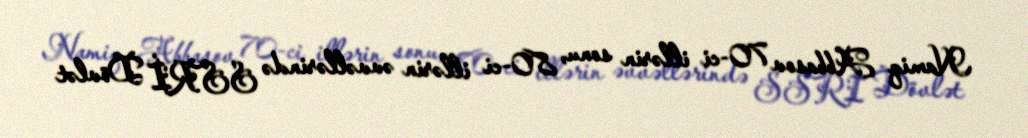
Namiq Abbasov 70-ci illərin sonu, 80-ci illərin əvvəllərində SSRİ Dövlət